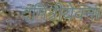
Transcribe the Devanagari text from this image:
दमित्रीयेवना